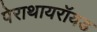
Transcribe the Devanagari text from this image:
पेराथायरॉयड